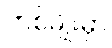
တစ်မျိုးမှာ